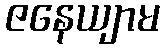
ဇနေယျာမ